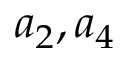
{ a } _ { 2 } , { a } _ { 4 }